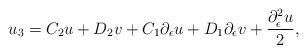
LaTeX: \begin{align*}u_3=C_2u+D_2v+C_1\partial_\epsilon u +D_1\partial_\epsilon v+\frac{\partial_\epsilon^2 u}{2},\end{align*}